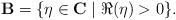
LaTeX: \begin{align*} \bold B=\{\eta\in \bold C\mid \Re(\eta)>0\}.\end{align*}